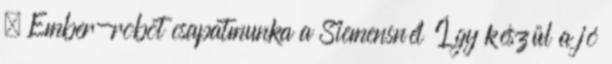
» Ember-robot csapatmunka a Siemensnél Így készül a jó